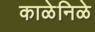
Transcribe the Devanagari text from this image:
काळेनिळे